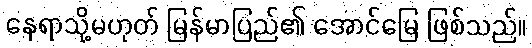
နေရာသို့မဟုတ် မြန်မာပြည်၏ အောင်မြေ ဖြစ်သည်။